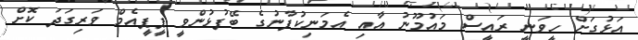
އަޅުގަށް ހީވަނީ ރައީސް މައުމޫނު އާއި އެމަނިކުފާނުގެ ބޭފުޅުންވީ ޕީޕީއެމް ވަރިގަދަ ކޮށް